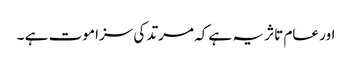
اور عام تاثر یہ ہے کہ مرتد کی سزا موت ہے ۔